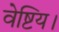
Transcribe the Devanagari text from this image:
वेष्टिय।